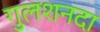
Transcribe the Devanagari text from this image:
गुलशनदा